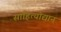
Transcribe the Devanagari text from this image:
साहित्योद्यान